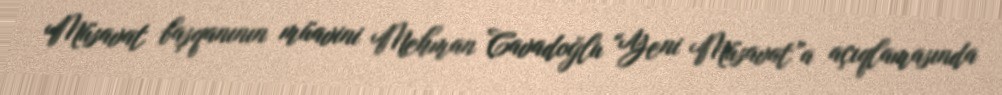
Müsavat başqanının müavini Mehman Cavadoğlu “Yeni Müsavat”a açıqlamasında